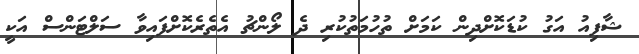
ޝާފިއު އަގު ކުޑަކޮށްދިން ކަމަށް ތުހުމަތުކުރި ދެ ލޯންޗު އެތެރެކޮށްފައިވާ ސަލްޓަންސް އަކީ